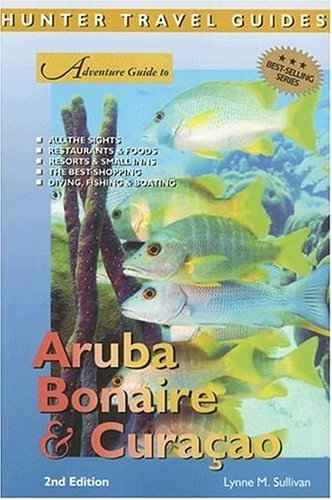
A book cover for Adventure Guide Aruba, Bonaire, Curacao (Adventure Guides Series) (Adventure Guides Series); Lynne Sullivan; Travel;